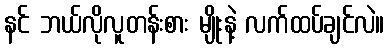
နင် ဘယ်လိုလူတန်းစား မျိုးနဲ့ လက်ထပ်ချင်လဲ။